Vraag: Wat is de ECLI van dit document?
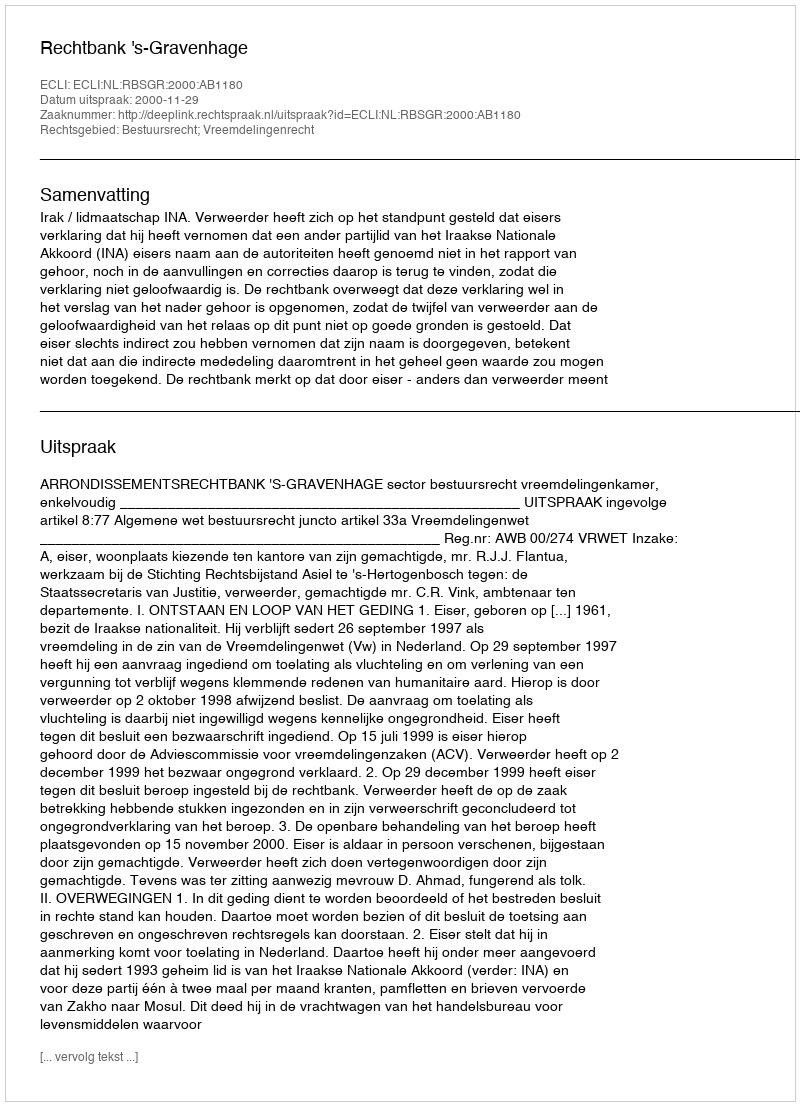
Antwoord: ECLI:NL:RBSGR:2000:AB1180